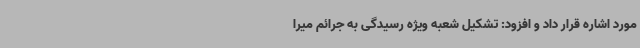
مورد اشاره قرار داد و افزود: تشکیل شعبه ویژه رسیدگی به جرائم میرا